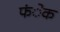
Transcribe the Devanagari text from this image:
फंेक